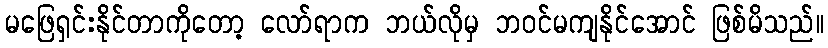
မဖြေရှင်းနိုင်တာကိုတော့ လော်ရာက ဘယ်လိုမှ ဘဝင်မကျနိုင်အောင် ဖြစ်မိသည်။